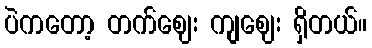
ပဲကတော့ တက်ဈေး ကျဈေး ရှိတယ်။